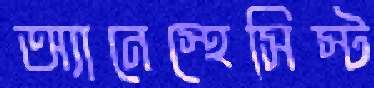
অ্যানেস্থেসিস্ট